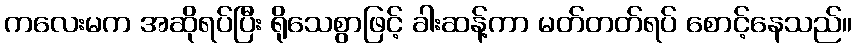
ကလေးမက အဆိုရပ်ပြီး ရိုသေစွာဖြင့် ခါးဆန့်ကာ မတ်တတ်ရပ် စောင့်နေသည်။